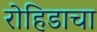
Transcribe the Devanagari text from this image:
रोहिडाचा